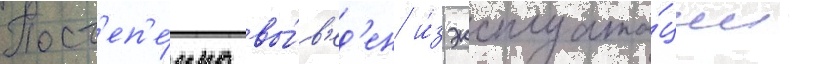
Пост'еп'е́нно вы́в'ед'ен и́з эксплуата́ции